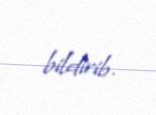
bildirib.